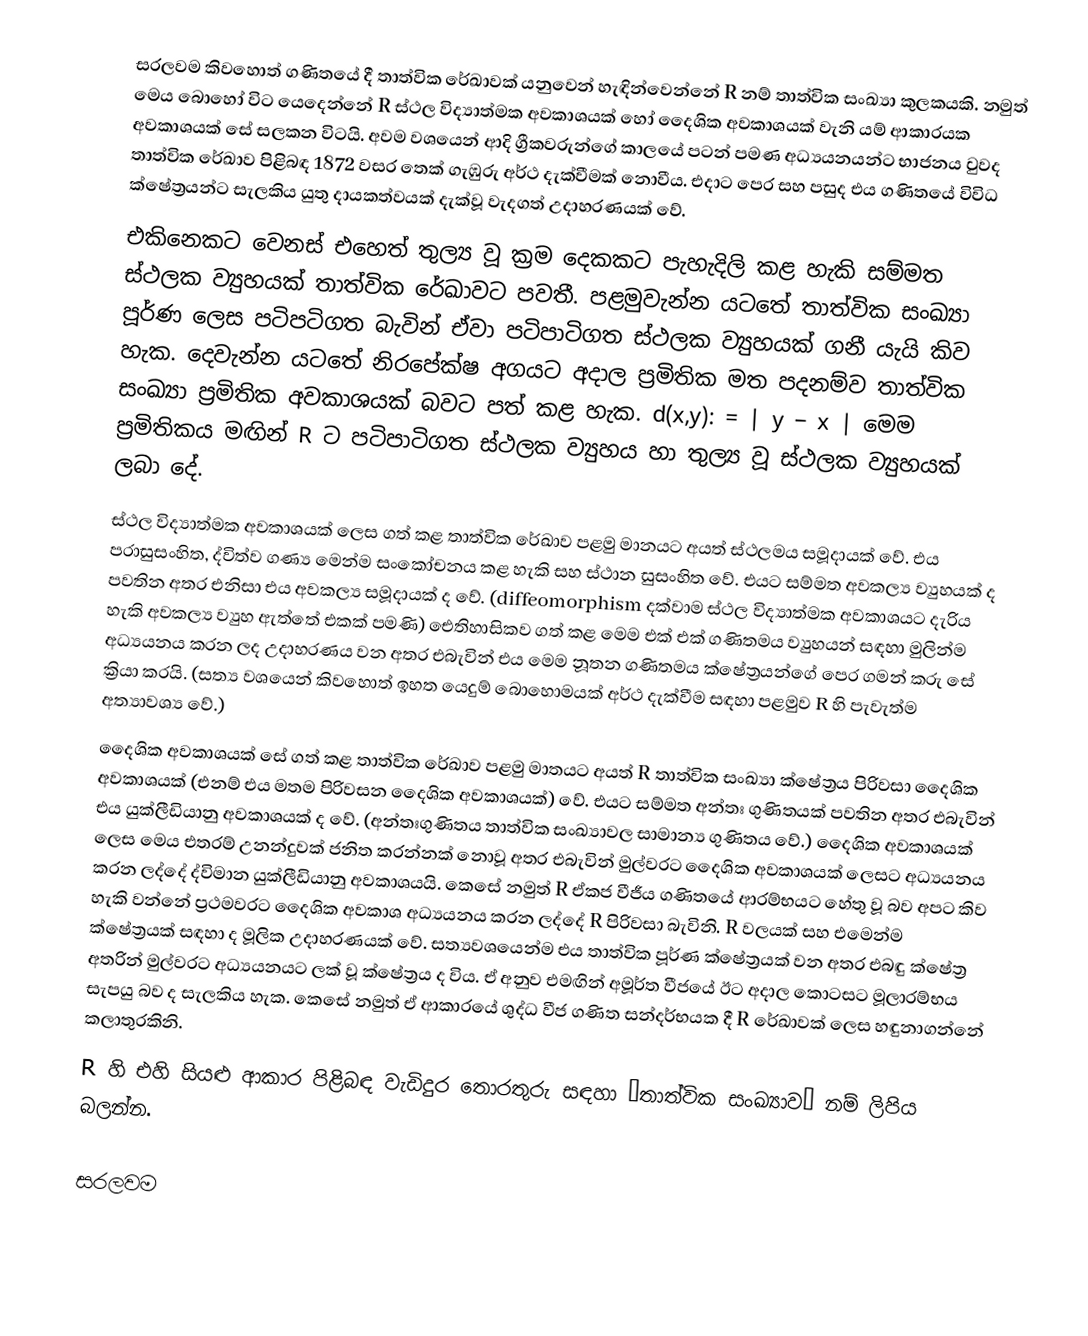
සරලවම කිවහොත් ගණිතයේ දී තාත්වික රේඛාවක් යනුවෙන් හැඳින්වෙන්නේ R නම් තාත්වික සංඛ්‍යා කුලකයකි. නමුත් මෙය බොහෝ විට යෙදෙන්නේ R ස්ථල විද්‍යාත්මක අවකාශයක් හෝ දෛශික  අවකාශයක් වැනි යම් ආකාරයක අවකාශයක් සේ සලකන විටයි. අවම වශයෙන් ආදි ග්‍රීකවරුන්ගේ කාලයේ පටන් පමණ අධ්‍යයනයන්ට භාජනය වුවද තාත්වික රේඛාව පිළිබඳ 1872 වසර තෙක් ගැඹුරු අර්ථ දැක්වීමක් නොවීය. එදාට පෙර සහ පසුද එය ගණිතයේ විවිධ ක්ෂේත්‍රයන්ට සැලකිය යුතු දායකත්වයක් දැක්වූ වැදගත් උදාහරණයක් වේ.
එකිනෙකට වෙනස් එහෙත් තුල්‍ය වූ ක්‍රම දෙකකට පැහැදිලි කළ හැකි සම්මත ස්ථලක ව්‍යුහයක් තාත්වික රේඛාවට පවතී. පළමුවැන්න යටතේ තාත්වික සංඛ්‍යා පූර්ණ ලෙස පටිපටිගත බැවින් ඒවා පටිපාටිගත ස්ථලක ව්‍යුහයක් ගනී යැයි කිව හැක. දෙවැන්න යටතේ නිරපේක්ෂ අගයට අදාල ප්‍රමිතික මත පදනම්ව තාත්වික සංඛ්‍යා ප්‍රමිතික අවකාශයක් බවට පත් කළ හැක. d(x,y): = | y − x | මෙම ප්‍රමිතිකය මඟින් R ට පටිපාටිගත ස්ථලක ව්‍යුහය හා තුල්‍ය වූ ස්ථලක ව්‍යුහයක් ලබා දේ.
ස්ථල විද්‍යාත්මක අවකාශයක් ලෙස ගත් කළ තාත්වික රේඛාව පළමු මානයට අයත් ස්ථලමය සමූදායක් වේ. එය පරාසුසංහිත, ද්විත්ව ගණ්‍ය මෙන්ම සංකෝචනය කළ හැකි සහ ස්ථාන සුසංහිත වේ. එයට සම්මත අවකල්‍ය ව්‍යුහයක් ද පවතින අතර එනිසා එය අවකල්‍ය සමූදායක් ද වේ. (diffeomorphism දක්වාම ස්ථල විද්‍යාත්මක අවකාශයට දැරිය හැකි අවකල්‍ය ව්‍යුහ ඇත්තේ එකක් පමණි) ඓතිහාසිකව ගත් කළ මෙම එක් එක් ගණිතමය ව්‍යුහයන් සඳහා මුලින්ම අධ්‍යයනය කරන ලද උදාහරණය වන අතර එබැවින් එය මෙම නූතන ගණිතමය ක්ෂේත්‍රයන්ගේ පෙර ගමන් කරු සේ ක්‍රියා කරයි. (සත්‍ය වශයෙන් කිවහොත් ඉහත යෙදුම් බොහොමයක් අර්ථ දැක්වීම සඳහා පළමුව R හි පැවැත්ම අත්‍යාවශ්‍ය වේ.)
දෛශික අවකාශයක් සේ ගත් කළ තාත්වික රේඛාව පළමු මාතයට අයත් R  තාත්වික සංඛ්‍යා ක්ෂේත්‍රය පිරිවසා දෛශික අවකාශයක් (එනම් එය මතම පිරිවසන දෛශික අවකාශයක්) වේ. එයට සම්මත අන්තඃ ගුණිතයක් පවතින අතර එබැවින් එය යුක්ලීඩියානු අවකාශයක් ද වේ. (අන්තඃගුණිතය තාත්වික සංඛ්‍යාවල සාමාන්‍ය ගුණිතය වේ.) දෛශික අවකාශයක් ලෙස මෙය එතරම් උනන්දුවක් ජනිත කරන්නක් නොවූ අතර එබැවින් මුල්වරට දෛශික අවකාශයක් ලෙසට අධ්‍යයනය කරන ලද්දේ ද්විමාන යුක්ලීඩියානු අවකාශයයි. කෙසේ නමුත් R ඒකජ වීජීය ගණිතයේ ආරම්භයට හේතු වූ බව අපට කිව හැකි වන්නේ ප්‍රථමවරට දෛශික අවකාශ අධ්‍යයනය කරන ලද්දේ R පිරිවස‍ා බැවිනි. R වලයක් සහ එමෙන්ම ක්ෂේත්‍රයක් සඳහා ද මූලික උදාහරණයක් වේ. සත්‍යවශයෙන්ම  එය තාත්වික පූර්ණ ක්ෂේත්‍රයක් වන අතර එබඳු ක්ෂේත්‍ර අතරින් මුල්වරට අධ්‍යයනයට ලක් වූ ක්ෂේත්‍රය ද විය. ඒ අනුව එමඟින් අමූර්ත වීජයේ  ඊට අදාල කොටසට මූලාරම්භය සැපයු බව ද සැලකිය හැක. කෙසේ නමුත් ඒ ආකාරයේ ශුද්ධ වීජ ගණිත සන්දර්භයක දී R රේඛාවක් ලෙස හඳුනාගන්නේ කලාතුරකිනි.
R හි එහි සියළු ආකාර පිළිබඳ වැඩිදුර තොරතුරු සඳහා ‘තාත්වික සංඛ්‍යාව” නම් ලිපිය බලන්න.

සරලවම